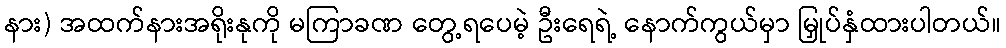
နား) အထက်နားအရိုးနုကို မကြာခဏ တွေ့ရပေမဲ့ ဦးရေရဲ့ နောက်ကွယ်မှာ မြှုပ်နှံထားပါတယ်။